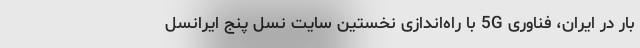
بار در ایران، فناوری 5G با راه‌اندازی نخستین سایت نسل پنج ایرانسل